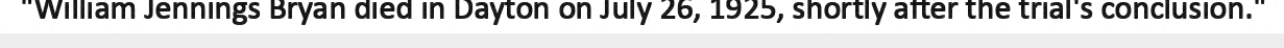
"William Jennings Bryan died in Dayton on July 26, 1925, shortly after the trial's conclusion."